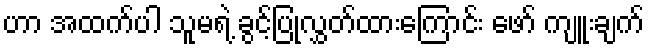
ဟာ အထက်ပါ သူမရဲ့ ခွင့်ပြုလွှတ်ထားကြောင်း ဖော် ကျူးချက်